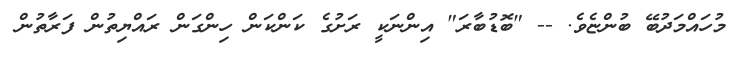
މުހައްމަދުބޭ ބުންޏެވެ. -- "ބޮޑުބާރަ" އިންނަކީ ރަށުގެ ކަންކަން ހިންގަން ރައްޔިތުން ފަރާތުން